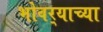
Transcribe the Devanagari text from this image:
भोवर्‍याच्या